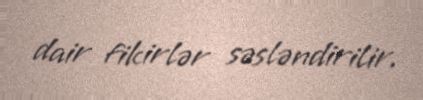
dair fikirlər səsləndirilir.